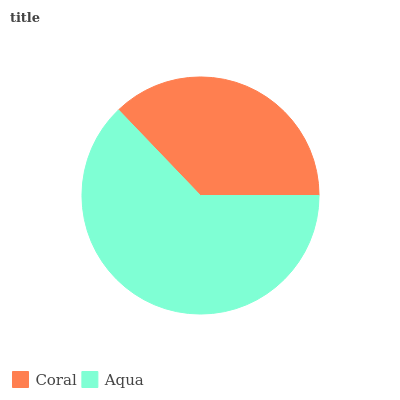
| Coral | Aqua |
 | --- | --- |
 | 37.1% | 62.9% |